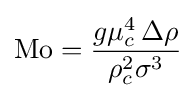
\mathrm {Mo} ={\frac {g\mu _{c}^{4}\,\Delta \rho }{\rho _{c}^{2}\sigma ^{3}}}